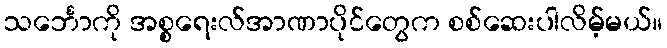
သင်္ဘောကို အစ္စရေးလ်အာဏာပိုင်တွေက စစ်ဆေးပါလိမ့်မယ်။